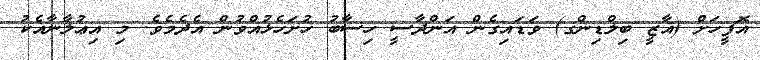
އޮފީހަށް (ޣާޒީ ބިލްޑިންގ) ވަޑައިގެން އަންދާސީ ހިސާބު ހުށަހެޅުއްވުން އެދެމެވެ. މި އިޢުލާނާއެކު